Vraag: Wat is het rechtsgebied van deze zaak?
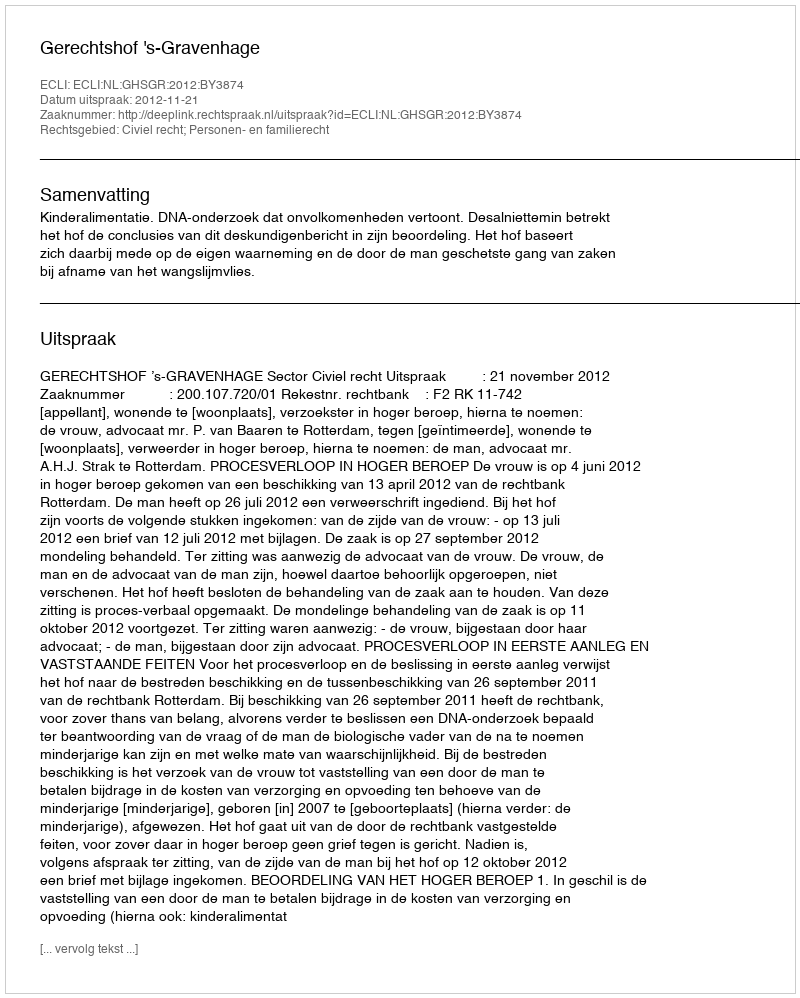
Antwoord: Civiel recht; Personen- en familierecht